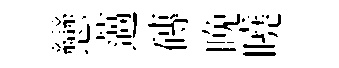
戀薖磚晚曉